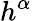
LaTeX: h^{\alpha}